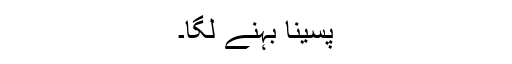
پسینا بہنے لگا۔